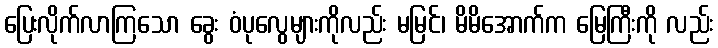
ပြေးလိုက်လာကြသော ခွေး ဝံပုလွေများကိုလည်း မမြင်၊ မိမိအောက်က မြေကြီးကို လည်း